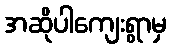
အဆိုပါကျေးရွာမှ